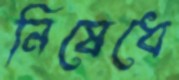
নিষেধে